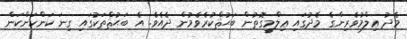
މެދު ޢިލްމުވެރިންގެ މެދުގައި ޢިލްމީގޮތުން ބަޙުޘްކުރެވެމުން ދެއެވެ. އެ ބަޙުޘްތަކުގައި ގިނަ ކަންކަންކަން